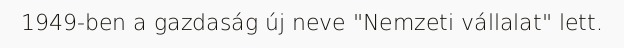
1949-ben a gazdaság új neve "Nemzeti vállalat" lett.